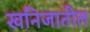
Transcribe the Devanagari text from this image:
खनिजातील